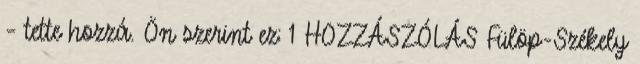
– tette hozzá. Ön szerint ez: 1 HOZZÁSZÓLÁS Fülöp-Székely